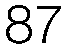
87